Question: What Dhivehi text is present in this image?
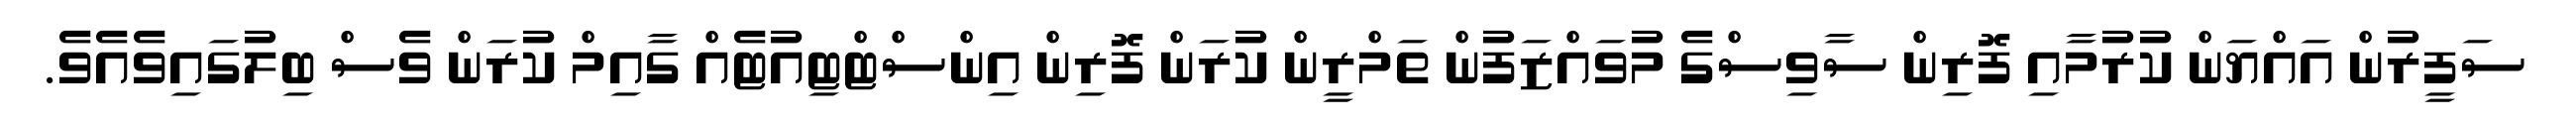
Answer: ސަފީރުން އައްޔަން ކުރުމާއި ފޮރިން ސާވިސްގެ މުވައްޒަފުން ތަމްރީން ކުރަން ފޮރިން އިންސްޓްޓިއުޓެއް ގާއިމް ކުރަން ވެސް ބިލުގައިވެއެވެ.